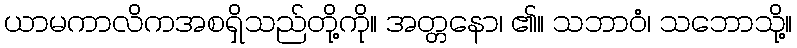
ယာမကာလိကအစရှိသည်တို့ကို။ အတ္တနော၊ ၏။ သဘာဝံ၊ သဘောသို့။